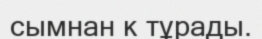
сымнан к тұрады.